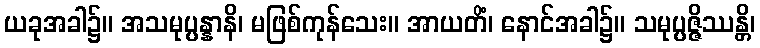
ယခုအခါ၌။ အသမုပ္ပန္နာနိ၊ မဖြစ်ကုန်သေး။ အာယတိံ၊ နောင်အခါ၌။ သမုပ္ပဇ္ဇိဿန္တိ၊